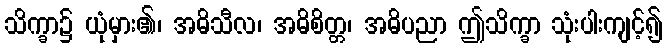
သိက္ခာ၌ ယုံမှား၏၊ အဓိသီလ၊ အဓိစိတ္တ၊ အဓိပညာ ဤသိက္ခာ သုံးပါးကျင့်၍